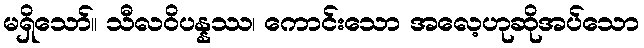
မရှိသော်။ သီလဝိပန္နဿ၊ ကောင်းသော အလေ့ဟုဆိုအပ်သော